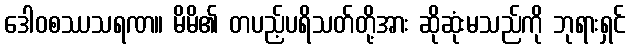
ဒေါဝစဿသရဏ။ မိမိ၏ တပည့်ပရိသတ်တို့အား ဆိုဆုံးမသည်ကို ဘုရားရှင်